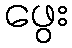
ဖွေး